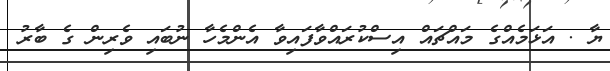
ޔާ . އަޅަމެއްގެ މައްޗައް އިސްކުރައްވާފައިވާ އެންމެހާ ނުބައި ވެރިން ގެ ބާރު